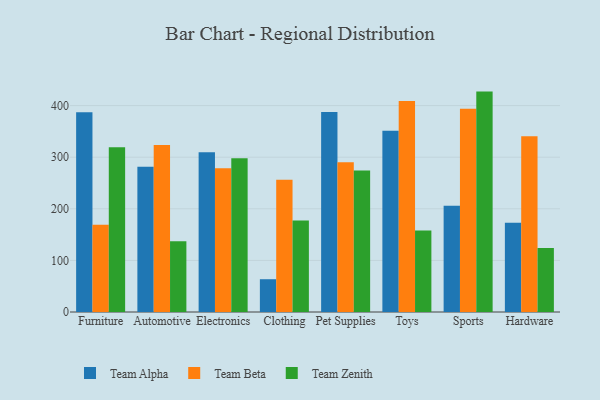
{"axis": {"x": "Category", "y": "Inventory Turnover"}, "legend": ["Team Alpha", "Team Beta", "Team Zenith"], "data": [{"x": "Furniture", "y": 387.0, "type": "Team Alpha"}, {"x": "Furniture", "y": 169.3, "type": "Team Beta"}, {"x": "Furniture", "y": 319.2, "type": "Team Zenith"}, {"x": "Automotive", "y": 281.5, "type": "Team Alpha"}, {"x": "Automotive", "y": 323.4, "type": "Team Beta"}, {"x": "Automotive", "y": 137.0, "type": "Team Zenith"}, {"x": "Electronics", "y": 309.7, "type": "Team Alpha"}, {"x": "Electronics", "y": 278.7, "type": "Team Beta"}, {"x": "Electronics", "y": 297.8, "type": "Team Zenith"}, {"x": "Clothing", "y": 63.5, "type": "Team Alpha"}, {"x": "Clothing", "y": 256.3, "type": "Team Beta"}, {"x": "Clothing", "y": 177.3, "type": "Team Zenith"}, {"x": "Pet Supplies", "y": 387.4, "type": "Team Alpha"}, {"x": "Pet Supplies", "y": 290.3, "type": "Team Beta"}, {"x": "Pet Supplies", "y": 274.1, "type": "Team Zenith"}, {"x": "Toys", "y": 351.1, "type": "Team Alpha"}, {"x": "Toys", "y": 408.7, "type": "Team Beta"}, {"x": "Toys", "y": 158.0, "type": "Team Zenith"}, {"x": "Sports", "y": 205.7, "type": "Team Alpha"}, {"x": "Sports", "y": 393.9, "type": "Team Beta"}, {"x": "Sports", "y": 427.1, "type": "Team Zenith"}, {"x": "Hardware", "y": 173.0, "type": "Team Alpha"}, {"x": "Hardware", "y": 340.8, "type": "Team Beta"}, {"x": "Hardware", "y": 123.8, "type": "Team Zenith"}]}